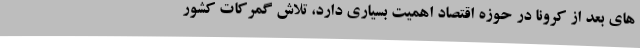
های بعد از کرونا در حوزه اقتصاد اهمیت بسیاری دارد، تلاش گمرکات کشور